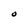
Character: O